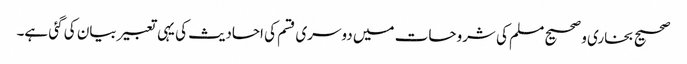
صحیح بخاری و صحیح مسلم کی شروحات میں دوسری قسم کی احادیث کی یہی تعبیر بیان کی گئی ہے۔